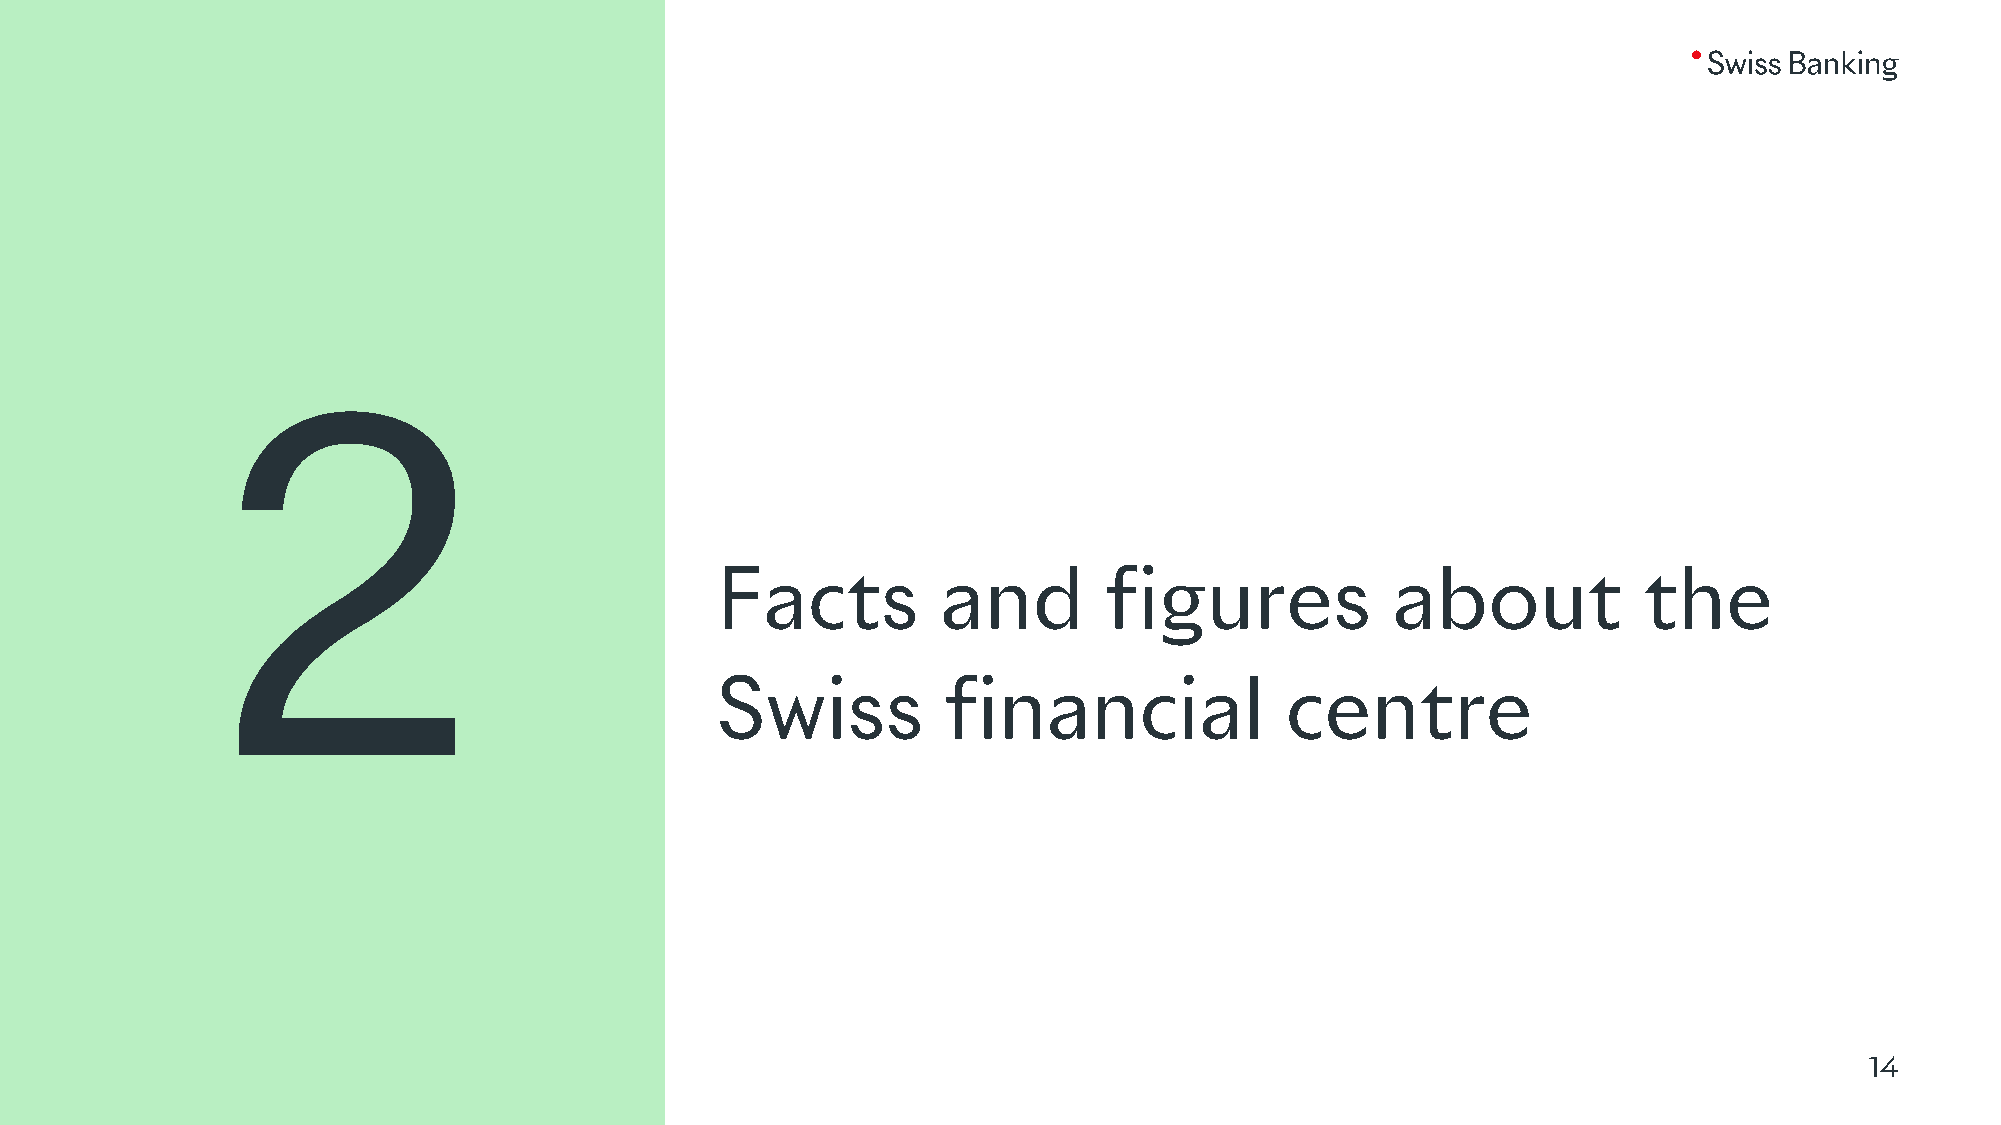
2
 Facts          and        figures            about            the
 Swiss           financial             centre
 14